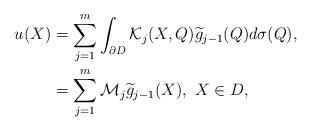
LaTeX: \begin{align*}u(X)&=\sum_{j=1}^{m}\int_{\partial D}\mathcal{K}_{j}(X,Q)\widetilde{g}_{j-1}(Q)d\sigma(Q),\\&=\sum_{j=1}^{m}\mathcal{M}_{j}\widetilde{g}_{j-1}(X),\,\, X\in D,\end{align*}